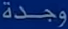
وجدة